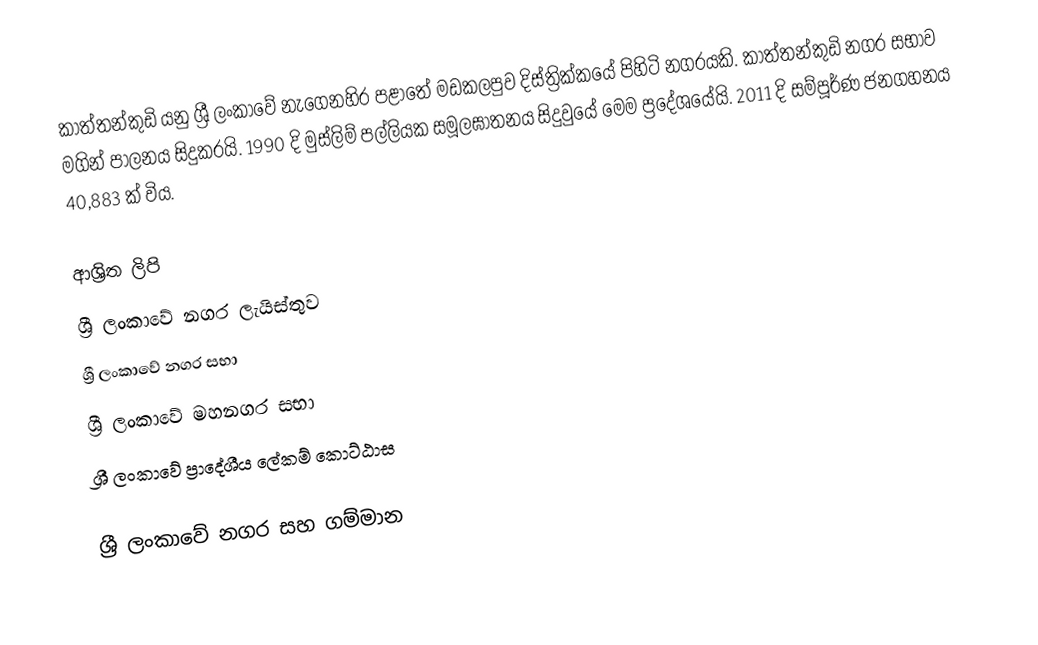
කාත්තන්කුඩි යනු ශ්‍රී ලංකාවේ නැගෙනහිර පළාතේ	 මඩකලපුව දිස්ත්‍රික්කයේ	පිහිටි නගරයකි. කාත්තන්කුඩි නගර සභාව මගින් පාලනය සිදුකරයි. 1990 දි මුස්ලිම් පල්ලියක සමූලඝාතනය සිදුවුයේ මෙම ප්‍රදේශයේයි. 2011 දි සම්පූර්ණ ජනගහනය 40,883 ක් විය.

ආශ්‍රිත ලිපි
ශ්‍රී ලංකාවේ නගර ලැයිස්තුව
ශ්‍රී ලංකාවේ නගර සභා
ශ්‍රී ලංකාවේ මහනගර සභා
ශ්‍රී ලංකාවේ ප්‍රාදේශීය ලේකම් කොට්ඨාස

ශ්‍රී ලංකාවේ නගර සහ ගම්මාන